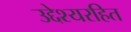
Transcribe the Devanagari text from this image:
उद्देश्यरहित